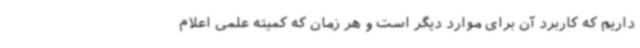
داریم که کاربرد آن برای موارد دیگر است و هر زمان که کمیته علمی اعلام